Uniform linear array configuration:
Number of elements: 8
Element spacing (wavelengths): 0.25
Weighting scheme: hann
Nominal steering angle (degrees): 60
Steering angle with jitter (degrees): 60.28
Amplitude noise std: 0.05
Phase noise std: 0.05

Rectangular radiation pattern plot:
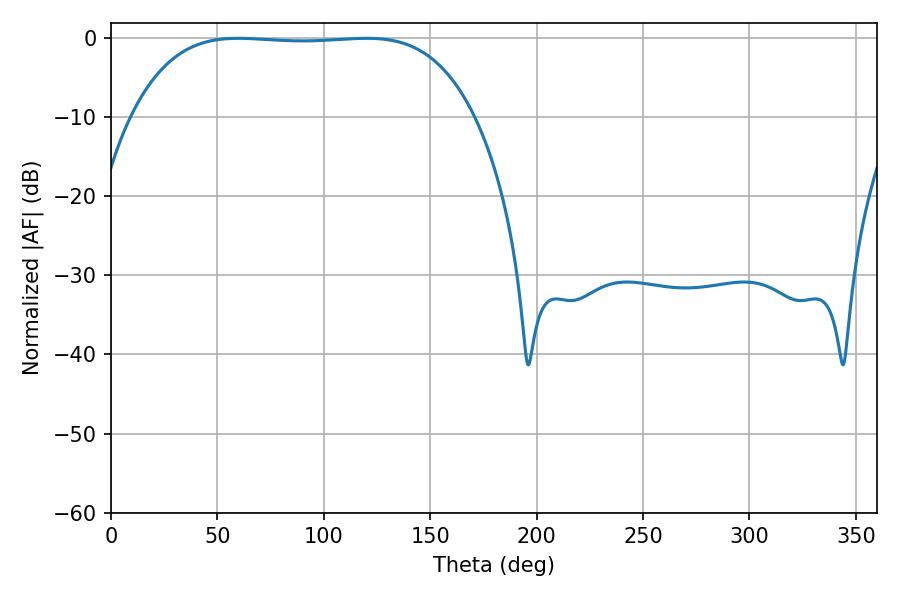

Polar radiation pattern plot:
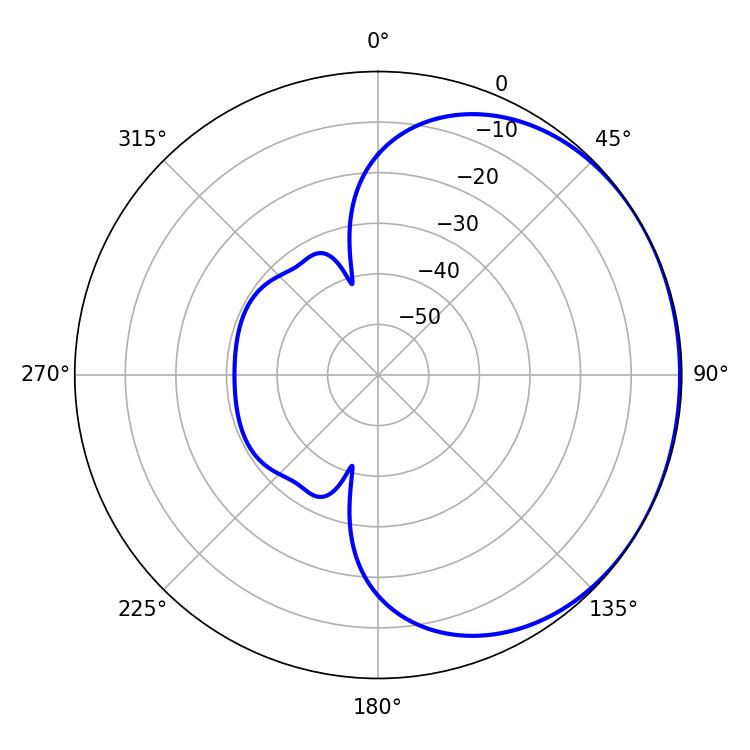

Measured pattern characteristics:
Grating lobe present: FALSE
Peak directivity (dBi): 0.7272
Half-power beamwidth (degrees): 125.28
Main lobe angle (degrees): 59.76